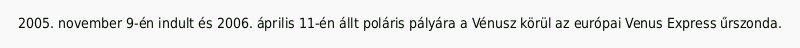
2005. november 9-én indult és 2006. április 11-én állt poláris pályára a Vénusz körül az európai Venus Express űrszonda.